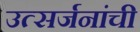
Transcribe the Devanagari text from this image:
उत्सर्जनांची